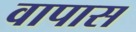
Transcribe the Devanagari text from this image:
वापास